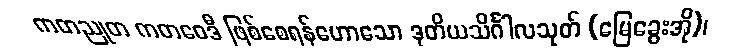
ကတညုတ ကတဝေဒီ ဖြစ်စေရန်ဟောသော ဒုတိယသိင်္ဂါလသုတ် (မြေခွေးအို)၊